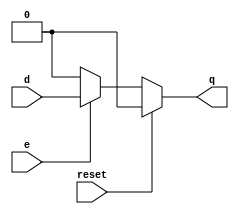
module rstdlatch(input d, input e,input reset,output reg q);
always@(*)
if(reset) begin
q<=0;
end
else
begin
if(e)
q<=d;
else
q<=0;
end
endmodule